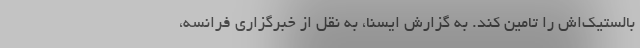
بالستیک‌اش را تامین کند. به گزارش ایسنا، به نقل از خبرگزاری فرانسه،